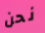
نحن